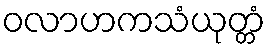
ဝလာဟကသံယုတ္တံ